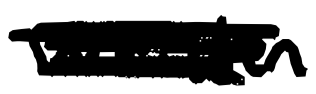
Text: written
Cross-out: scratch
Writing tool: digital_black